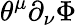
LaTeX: \theta^{\mu}\partial_{\nu}\Phi